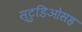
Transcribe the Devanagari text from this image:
स्टुडिओसह